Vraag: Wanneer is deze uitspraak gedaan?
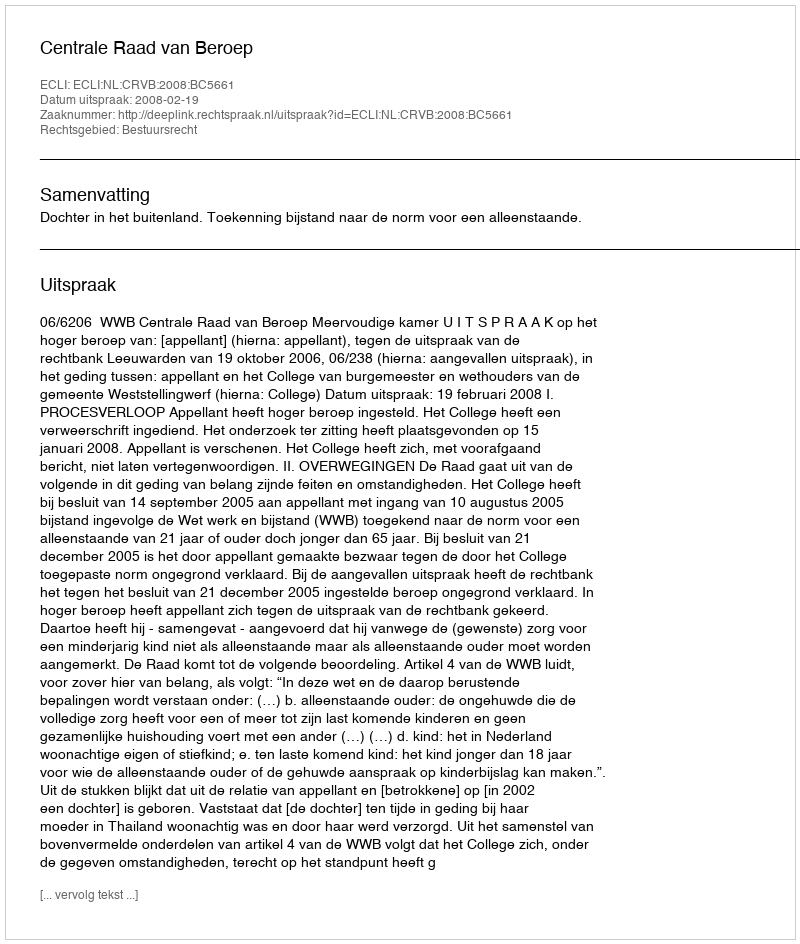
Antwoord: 2008-02-19